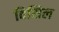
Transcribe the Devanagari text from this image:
विसिल